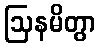
ဩနမိတွာ